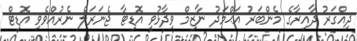
ދިއްގަރު ދާއިރާގެ މެންބަރު އަޙްމަދު ނާޒިމް ވިދާޅުވީ އޮޑިޓާ ޖެނަރަލް ނެރުއްވެވި އޮޑިޓް